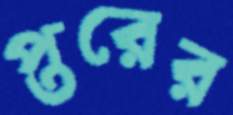
প্তরের